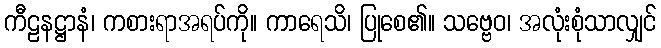
ကီဠနဋ္ဌာနံ၊ ကစားရာအရပ်ကို။ ကာရေသိ၊ ပြုစေ၏။ သဗ္ဗေဝ၊ အလုံးစုံသာလျှင်